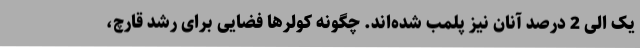
یک الی 2 درصد آنان نیز پلمب شده‌اند. چگونه کولرها فضایی برای رشد قارچ،